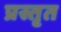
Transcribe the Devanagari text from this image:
प्रस्तृत